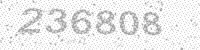
Solution: 236808